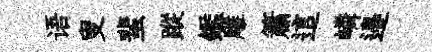
语叟蜚蹤鑑雕簫這嶙邉